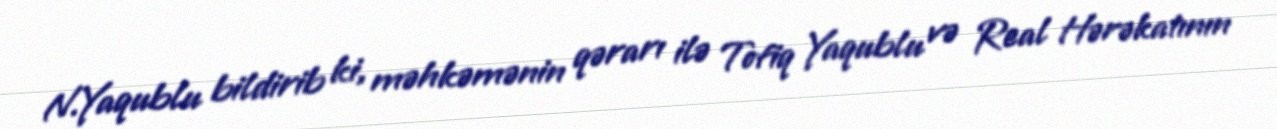
N.Yaqublu bildirib ki, məhkəmənin qərarı ilə Tofiq Yaqublu və Real Hərəkatının